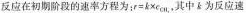
反应在初期阶段的速率方程为:$$r = k × c _ { C H _ { 2 } } $$，其中 k 为反应速